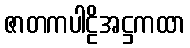
ဇာတကပါဠိအဋ္ဌကထာ